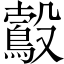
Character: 𣫠